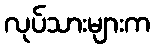
လုပ်သားများက